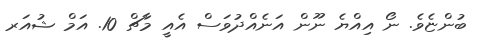
ބުންޏެވެ. ނޯ އިއްޔެ ނޫން އަނެއްދުވަސް އެއީ މާޗް 10. އަމް ޝުއަރ